Indian Medical Review
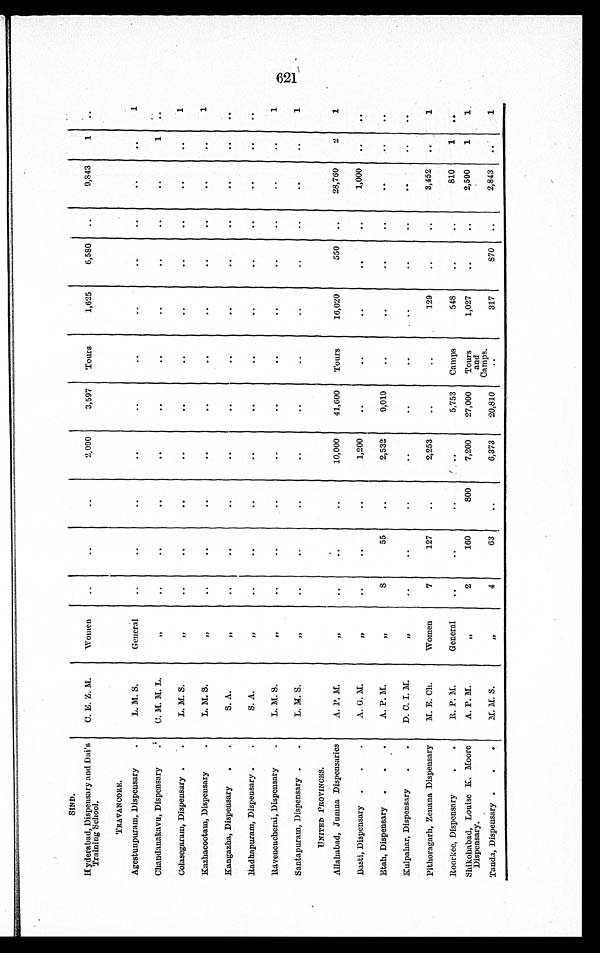
S I N D .
Hyderabad, Dispensary and Dai' s
Training School.
C. E. Z. M.
Women
2,090
3,597 Tours
1,625
6,580
9,843
1
TRAVANCORE.
Agestunpuram, Dispensary
L. M. S.
General
1
Chandanakavu, Dispensary C. M. M. L
„
1
Colasegaram, Dispensary
L. M. S.
„
1
Kazhacootam, Dispensary
L. M. S.
„
1
Kangazha, Dispensary
S. A.
„
Radhapuram, Dispensary
S. A.
„
Ravenencherai, Dispensary
L. M. S
„
1
Santapuram, Dispensary
L. M. S.
„
1
UNITED PROVINCES.
Allahabad, Jumna Dispensaries
A. P. M.
„
10,000 41,600 Tours
16,020
550
28,760
2
1
Basti, Dispensary
A. G. M.
„
1,200
1,000
Etah, Dispensary
A. P. M.
„
8
55
2,532
9,019
Kulpahar, Dispensary
D. C. I. M.
„
Pithoragarh, Zenana Dispensary M. E. Ch.
Women
7
127
2,253
129
3,452
1
Roorkee, Dispensary R. P. M.
General
5,753 Camps
548
810
1
Shikohabad, Louise K. Moore
Dispensary.
A. P. M.
„
2
160
800
7,200 27,000 Tours and
Camps.
1,027
2,590
1 1
Tanda, Dispensary M. M. S.
„
4
63
6,373 20,810
317
870
2,843
1